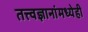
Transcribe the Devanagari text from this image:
तत्त्वज्ञानांमध्येही